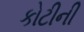
કોટીની